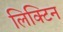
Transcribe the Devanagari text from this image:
लिक्टिन